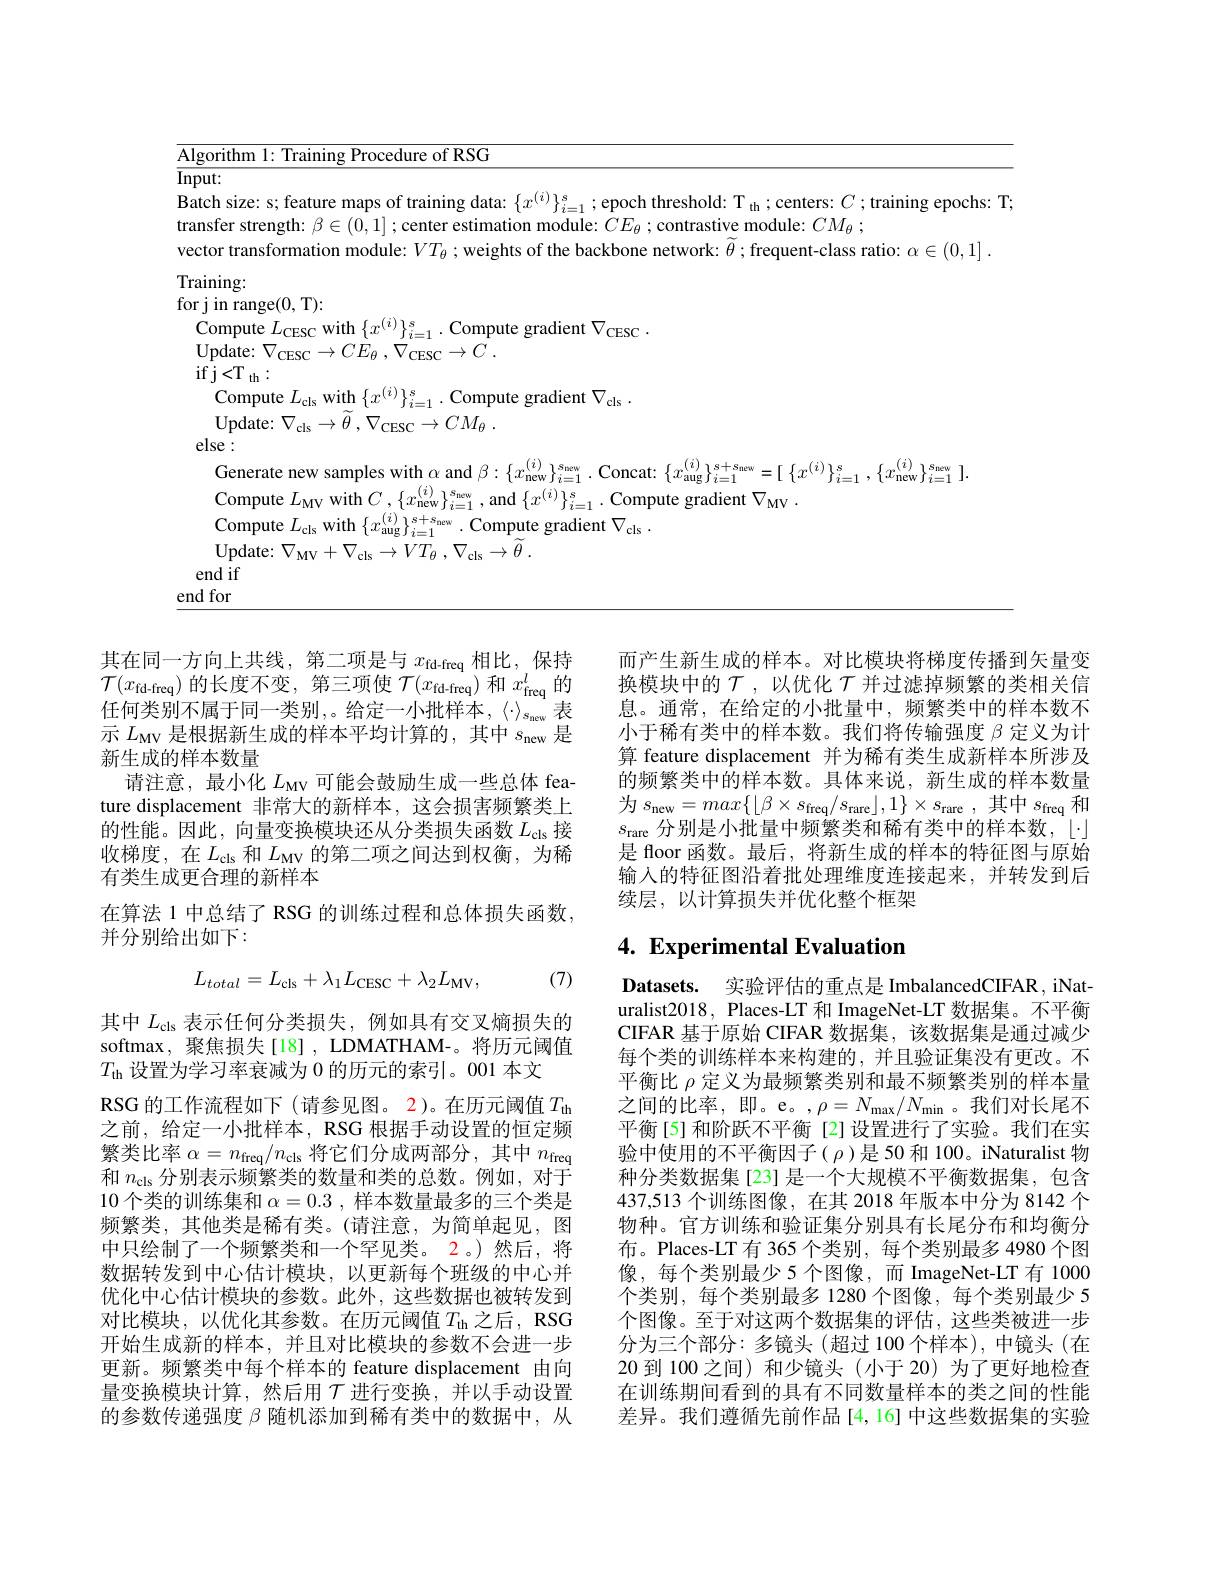
$\underline{\mathrm{Algorithm~1:~Training~Procedure~of~RSG}}$
$T:$
<table>
	<tbody>
		<tr>
			<td>$\overline{\mathrm{Inp}}$</td>
			<td> </td>
		</tr>
		<tr>
			<td>Vec</td>
			<td>nsformation m ot the -class ratio: $\alpha\in(0,1]$</td>
		</tr>
		<tr>
			<td> </td>
			<td> </td>
		</tr>
		<tr>
			<td> </td>
			<td>$aug\int_{2}^{\prime}-$ $\lfloor\{x$ $\{ i= 1$ $, \{ i_{\mathrm{new~}}\} _{i= 1}$ ].</td>
		</tr>
		<tr>
			<td> </td>
			<td>Y $MV$</td>
		</tr>
	</tbody>
</table>

而产生新生成的样本。对比模块将梯度传播到矢量变换模块中的$\mathcal{T}$ ,以优化$\mathcal{T}$并过滤掉频繁的类相关信息。通常，在给定的小批量中，频繁类中的样本数不小于稀有类中的样本数。我们将传输强度$\beta$定义为计算 feature displacement 并为稀有类生成新样本所涉及的频繁类中的样本数。具体来说，新生成的样本数量为$s_\mathrm{new}=max\{\lfloor\beta\times s_{\mathrm{freq}}/s_{\mathrm{rare}}\rfloor,1\}\times s_{\mathrm{rare}}$,其中$s_\mathrm{freq}$和$s_{\mathrm{rare}}$分别是小批量中频繁类和稀有类中的样本数，$\lfloor\cdot\rfloor$ 是 floor 函数。最后，将新生成的样本的特征图与原始输入的特征图沿着批处理维度连接起来，并转发到后续层，以计算损失并优化整个框架

其在同一方向上共线，第二项是与$x_\mathrm{fd-freq}$相比，保持$\mathcal{T} ( x_{\mathrm{fd- freq}})$的长度不变，第三项使$\mathcal{T} ( x_{\mathrm{fd- freq}})$和$x_\mathrm{freq}^l$的任何类别不属于同一类别，。给定一小批样本，《$\cdot》_{s_\mathrm{new}}表$ 示$L_\mathrm{MV}$是根据新生成的样本平均计算的，其中$s_\mathrm{new}$是新生成的样本数量
请注意，最小化$L_\mathrm{MV}$可能会鼓励生成一些总体 feature displacement 非常大的新样本，这会损害频繁类上的性能。因此，向量变换模块还从分类损失函数$L_\mathrm{cls}$接收梯度，在$L_\mathrm{cls}$和$L_\mathrm{MV}$的第二项之间达到权衡，为稀有类生成更合理的新样本
在算法 1 中总结了 RSG 的训练过程和总体损失函数，
并分别给出如下：

## 4. Experimental Evaluation
$$L_{total}=L_{\mathrm{cls}}+\lambda_{1}L_{\mathrm{CESC}}+\lambda_{2}L_{\mathrm{MV}},$$
(7)

$\textbf{Datasets. 实 验 评 估 的 重 点 是 ImbalancedCIFAR, iNat- }$ uralist2018, Places-LT 和 ImageNet-LT 数据集。不平衡CIFAR 基于原始 CIFAR 数据集，该数据集是通过减少每个类的训练样本来构建的，并且验证集没有更改。不平衡比$\rho$定义为最频繁类别和最不频繁类别的样本量之间的比率，即。e。,$\rho=N_\mathrm{max}/N_\mathrm{min}$。我们对长尾不平衡[5]和阶跃不平衡[2]设置进行了实验。我们在实验中使用的不平衡因子($\rho)是50 和 100。iNaturalist 物$ 种分类数据集[23] 是一个大规模不平衡数据集，包含437,513 个训练图像，在其 2018 年版本中分为 8142 个物种。官方训练和验证集分别具有长尾分布和均衡分布。Places-LT 有 365 个类别，每个类别最多 4980 个图像，每个类别最少 5 个图像，而 ImageNet-LT 有 1000个类别，每个类别最多 1280 个图像，每个类别最少 5个图像。至于对这两个数据集的评估，这些类被进一步分为三个部分：多镜头 (超过 100 个样本), 中镜头 (在20 到 100 之间) 和少镜头 (小于 20) 为了更好地检查在训练期间看到的具有不同数量样本的类之间的性能差异。我们遵循先前作品[4,16]中这些数据集的实验

其中$L_\mathrm{cls}$表示任何分类损失，例如具有交叉熵损失的softmax, 聚焦损失[18] , LDMATHAM-。将历元阈值$T_{\mathrm{th}}$设置为学习率衰减为 0 的历元的索引。001 本文
RSG 的工作流程如下(请参见图。2)。在历元阈值$T_\mathrm{th}$ 之前，给定一小批样本，RSG 根据手动设置的恒定频繁类比率$\alpha=n_\mathrm{freq}/n_\mathrm{cls}$将它们分成两部分，其中$n_\mathrm{freq}$ 和$n_\mathrm{cls}$分别表示频繁类的数量和类的总数。例如，对于10 个类的训练集和$\alpha=0.3$ , 样本数量最多的三个类是频繁类，其他类是稀有类。(请注意，为简单起见，图中只绘制了一个频繁类和一个罕见类。2。)然后，将数据转发到中心估计模块，以更新每个班级的中心并优化中心估计模块的参数。此外，这些数据也被转发到对比模块，以优化其参数。在历元阈值$T_\mathrm{th}$之后，RSG 开始生成新的样本，并且对比模块的参数不会进一步更新。频繁类中每个样本的 feature displacement 由向量变换模块计算，然后用$\mathcal{T}$进行变换，并以手动设置的参数传递强度$\beta$随机添加到稀有类中的数据中，从